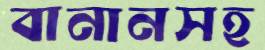
বানানসহ